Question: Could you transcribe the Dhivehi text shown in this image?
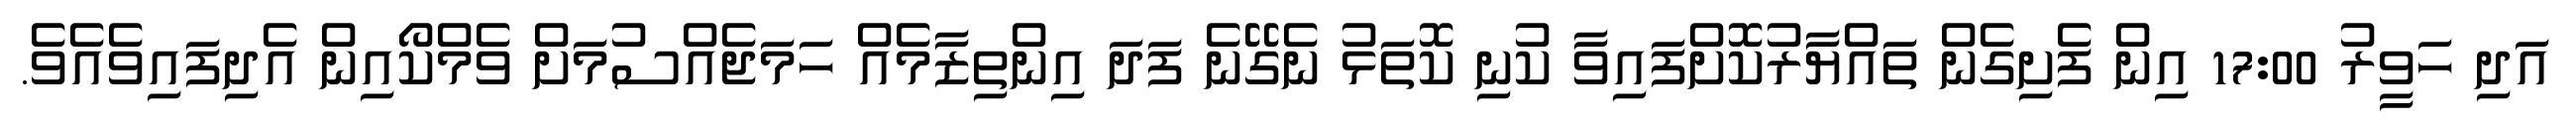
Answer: އަދި ހަވީރު 17:00 އިން ފެށިގެން ތައްޔާރުކޮށްފައިވާ ކުނި ކޮތަޅު ނެގޭނެ ފަދަ އިންތިޒާމެއް ހަމަޖެއްސުމަށް ވެމްކޯއިން އެދިފައިވެއެވެ.